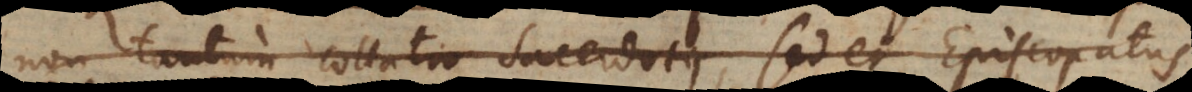
non tantum collatio Sacerdotis, sed et Episcopatus.